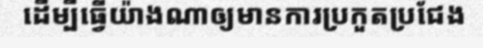
ដើម្បីធ្វើយ៉ាងណាឲ្យមានការប្រកួតប្រជែង